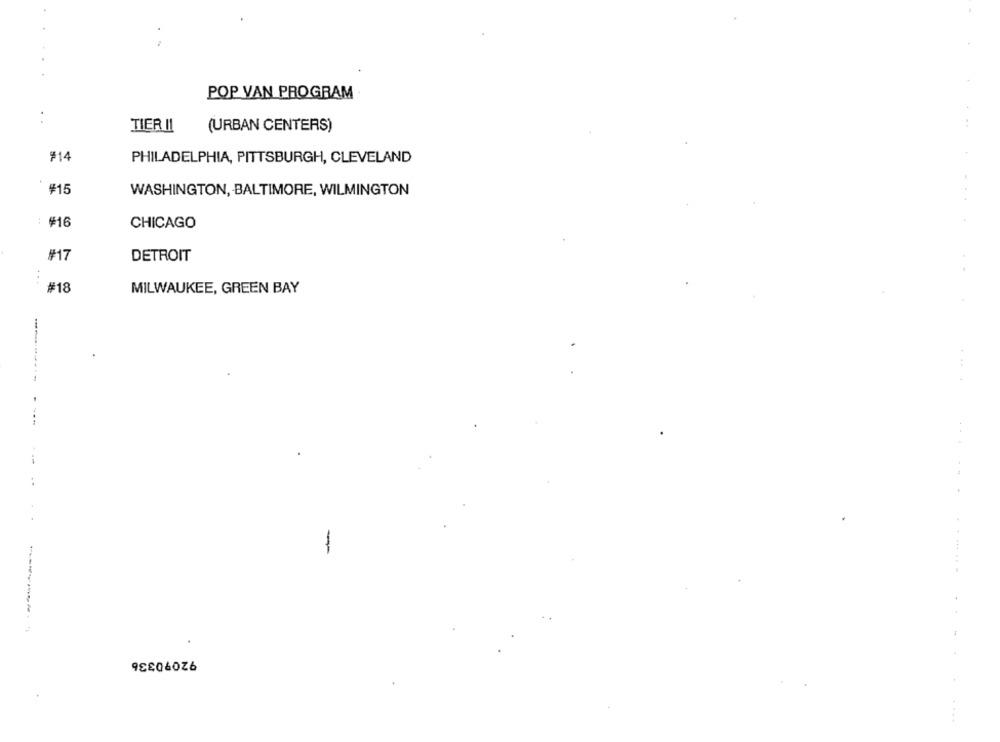
POP VAN PROGRAM
TIER II
(URBAN CENTERS)
#14
PHILADELPHIA, PITTSBURGH, CLEVELAND
#15
WASHINGTON, BALTIMORE, WILMINGTON
#16
CHICAGO
#17
DETROIT
#18
MILWAUKEE, GREEN BAY
-
95806026
....